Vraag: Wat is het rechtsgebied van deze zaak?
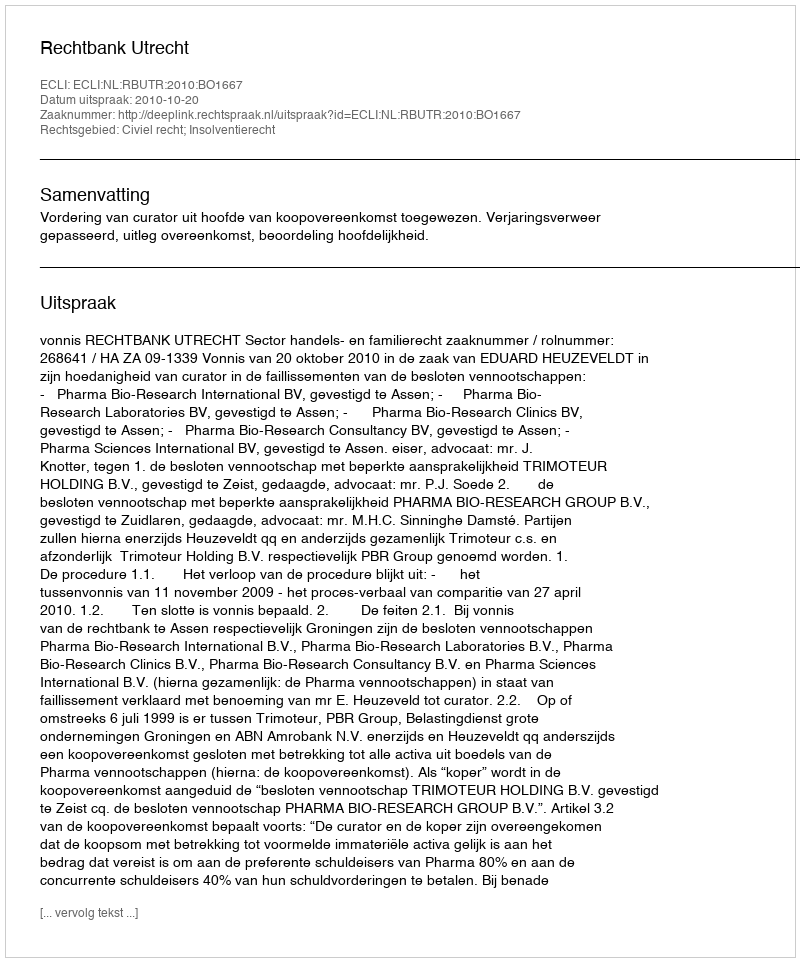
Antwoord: Civiel recht; Insolventierecht